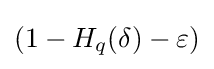
(1-H_{q}(\delta )-\varepsilon )